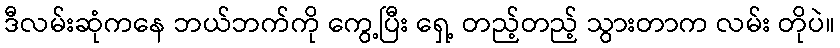
ဒီလမ်းဆုံကနေ ဘယ်ဘက်ကို ကွေ့ပြီး ရှေ့ တည့်တည့် သွားတာက လမ်း တိုပဲ။